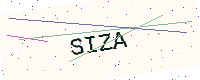
Text: SIZA